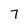
Character: 7